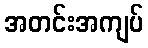
အတင်းအကျပ်